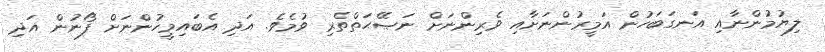
ލިޔުމުންނާއި އަނގަބަހުން އަމީރުންނަށާއި ވެރިންނަށް ނަޞޭޙަތްތެރި ވުމެވެ. އަދި އެބައިމީހުންނަށް ފޯނުން އަދި